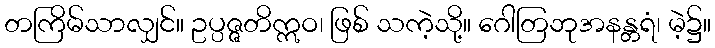
တကြိမ်သာလျှင်။ ဥပ္ပဇ္ဇတိဣဝ၊ ဖြစ် သကဲ့သို့။ ဂေါတြဘုအနန္တရံ၊ မဲ့၌။